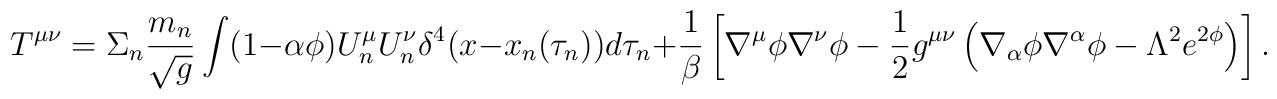
T^{\mu\nu}=\Sigma_n\frac{m_n}{\sqrt{g}}\int(1-\alpha\phi)U^{\mu}_nU^{\nu}_n\delta^4(x-x_n(\tau_n))d\tau_n+\frac{1}{\beta}\left[\nabla^{\mu}\phi\nabla^{\nu}\phi-\frac{1}{2}g^{\mu\nu}\left(\nabla_{\alpha}\phi\nabla^{\alpha}\phi-\Lambda^2 e^{2\phi}\right)\right] .